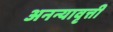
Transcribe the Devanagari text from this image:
अनन्यावृत्ती